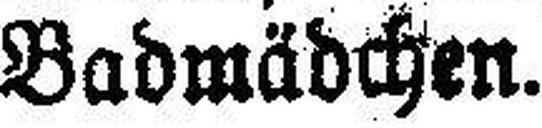
Badmädchen.